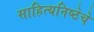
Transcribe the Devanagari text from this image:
साहित्यनिष्ठेचे